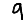
Digit: 9